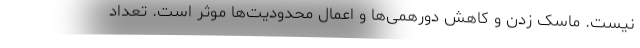
نیست. ماسک زدن و کاهش دورهمی‌ها و اعمال محدودیت‌ها موثر است. تعداد